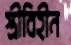
স্ত্রীবিহীন